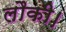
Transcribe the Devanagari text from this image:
लौकी।